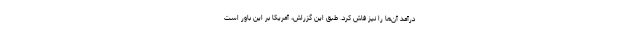
درآمد آن‌ها را نیز فاش کرد. طبق این گزراش، آمریکا بر این باور است